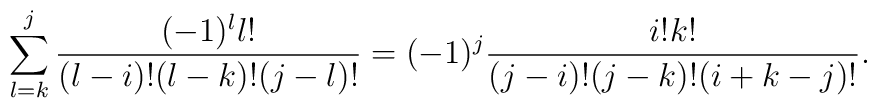
\sum^j_{l =k}{{(-1)^l l!} \over {(l-i)!(l-k)!(j-l)!}}=(-1)^j{{i!k!} \over {(j-i)!(j-k)! (i+k-j)!}}.